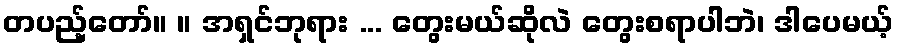
တပည့်တော်။ ။ အရှင်ဘုရား ... တွေးမယ်ဆိုလဲ တွေးစရာပါဘဲ၊ ဒါပေမယ့်